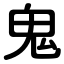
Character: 鬼